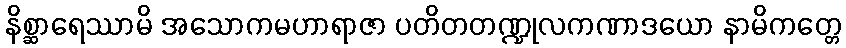
နိစ္ဆာရေဿာမိ အသောကမဟာရာဇာ ပတိတတဏ္ဍုလကဏာဒယော နာမိကတ္တေ